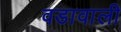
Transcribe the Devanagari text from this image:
वडावाली